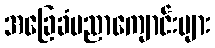
အခြေခံပညာကျောင်းများ